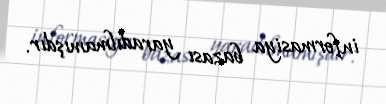
informasiya bazası yaradılmamışdır.